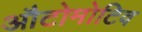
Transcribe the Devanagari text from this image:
औटोमोटिव